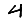
Digit: 4